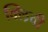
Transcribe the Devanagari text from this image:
क्लिची